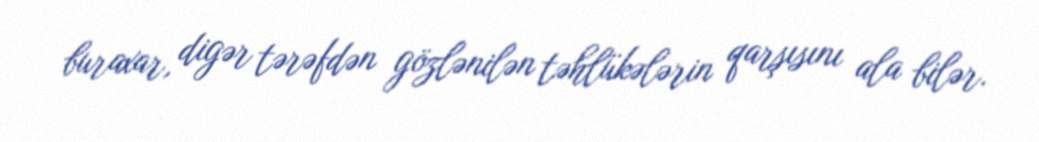
buraxar, digər tərəfdən gözlənilən təhlükələrin qarşısını ala bilər.